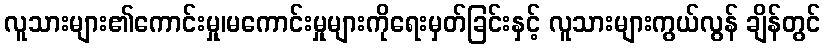
လူသားများ၏ကောင်းမှု၊မကောင်းမှုများကိုရေးမှတ်ခြင်းနှင့် လူသားများကွယ်လွန် ချိန်တွင်